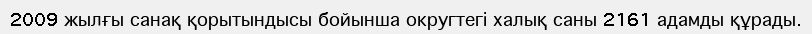
2009 жылғы санақ қорытындысы бойынша округтегі халық саны 2161 адамды құрады.